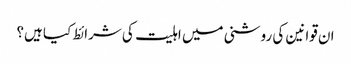
ان قوانین کی روشنی میں اہلیت کی شرائط کیا ہیں؟